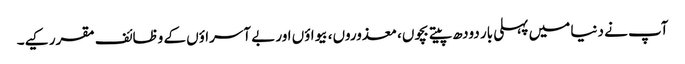
آپ نے دنیا میں پہلی بار دودھ پیتے بچوں، معذوروں، بیواؤں اور بے آسراؤں کے وظائف مقرر کیے۔